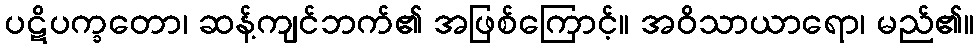
ပဋိပက္ခတော၊ ဆန့်ကျင်ဘက်၏ အဖြစ်ကြောင့်။ အဝိသာယာရော၊ မည်၏။